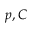
p , C